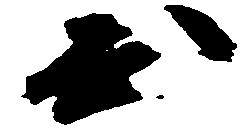
出